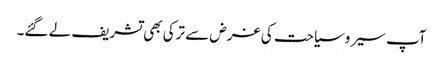
آپ سیروسیاحت کی غرض سے ترکی بھی تشریف لے گئے۔